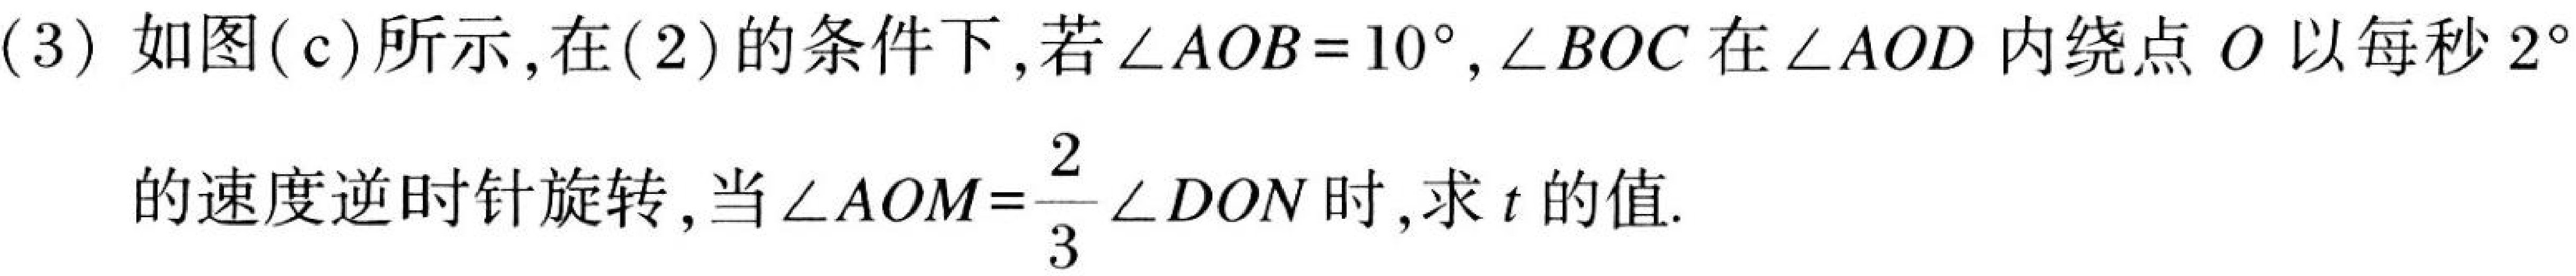
(3) 如图(c)所示,在(2)的条件下,若$\angle AOB = 10^{\circ}$, $\angle BOC$在$\angle AOD$内绕点$O$以每秒$2^{\circ}$
的速度逆时针旋转,当$\angle AOM=\dfrac{2}{3}\angle DON$时,求$t$的值.